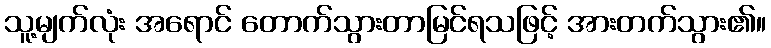
သူ့မျက်လုံး အရောင် တောက်သွားတာမြင်ရသဖြင့် အားတက်သွား၏။